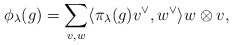
\begin{align*} \phi_\lambda(g)=\sum_{v,w}\langle\pi_\lambda(g) v^\vee, w^\vee\rangle w\otimes v, \end{align*}